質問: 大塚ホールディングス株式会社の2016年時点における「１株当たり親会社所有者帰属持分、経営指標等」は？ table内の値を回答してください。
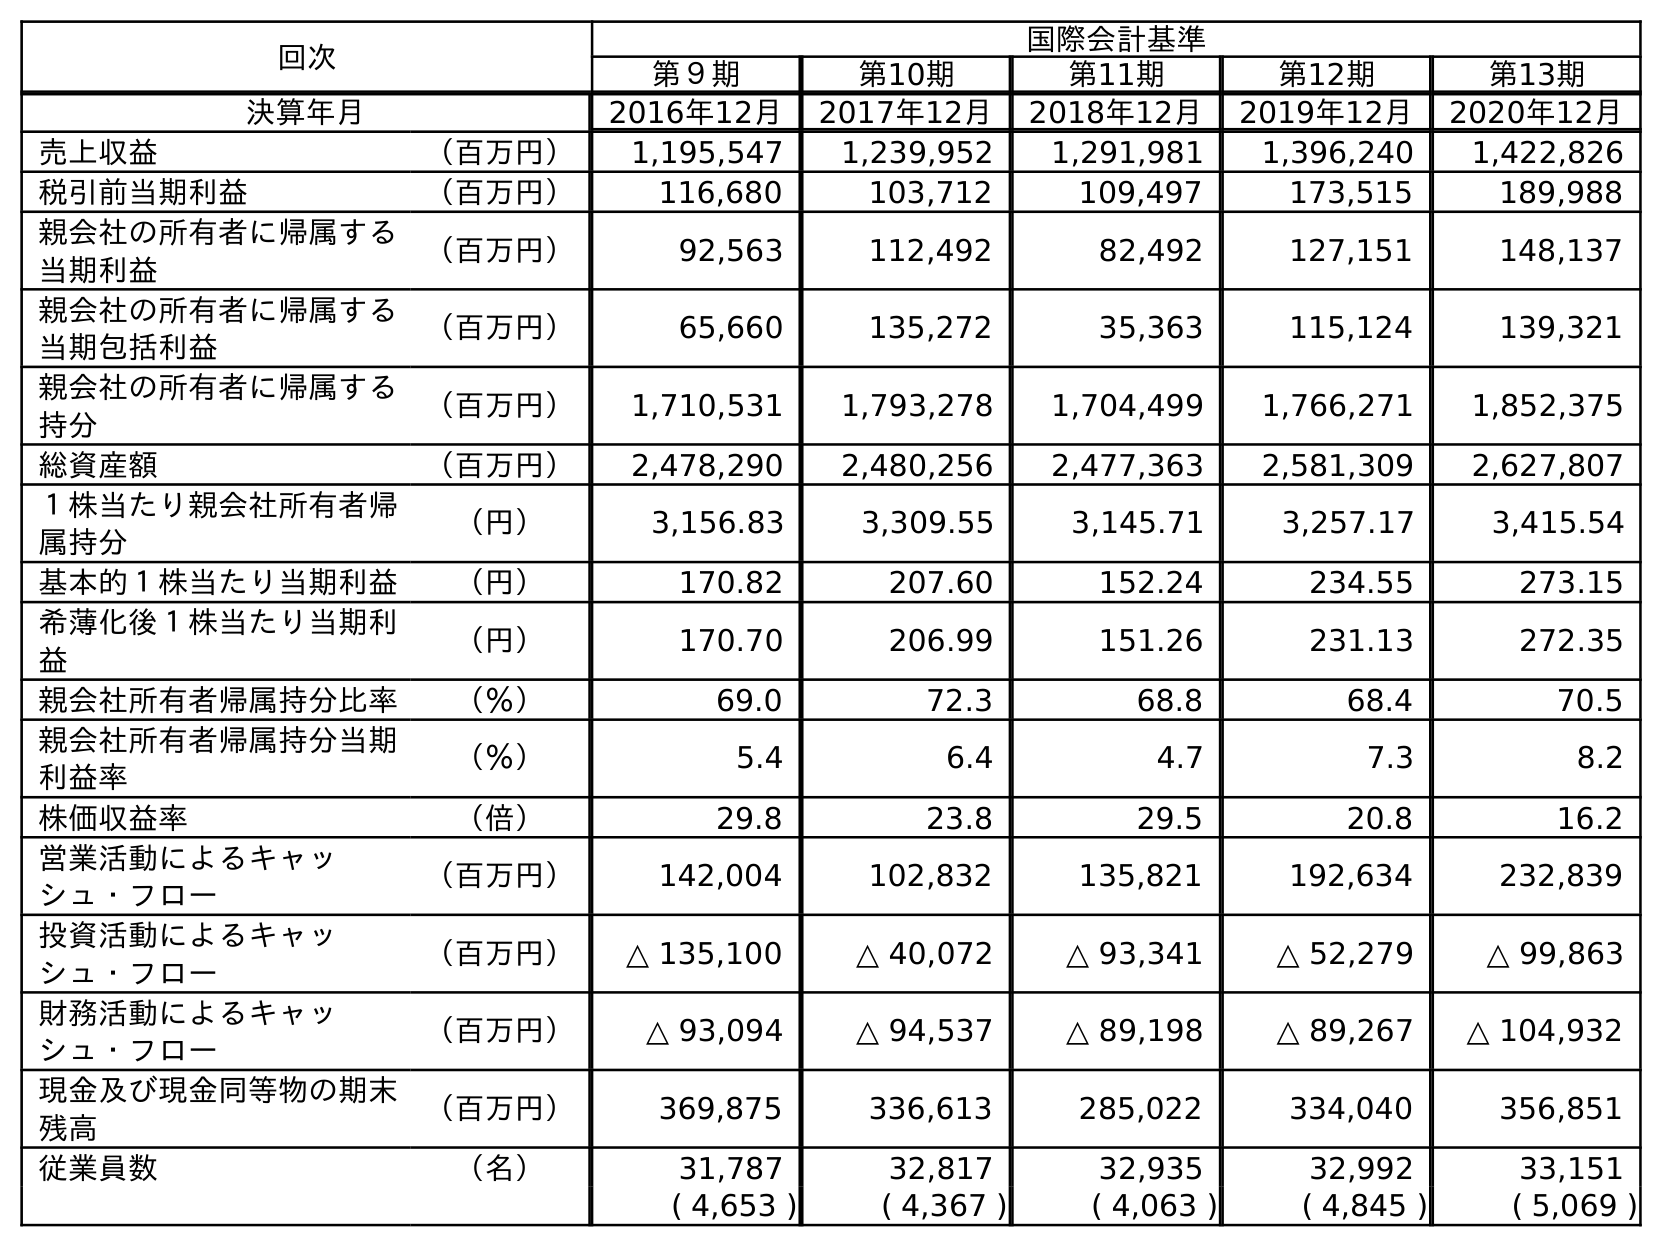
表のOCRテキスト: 回次 国際会計基準 第９期 第10期 第11期 第12期 第13期 決算年月 2016年12月 2017年12月 2018年12月 2019年12月 2020年12月 売上収益 （百万円） 1,195,547 1,239,952 1,291,981 1,396,240 1,422,826 税引前当期利益 （百万円） 116,680 103,712 109,497 173,515 189,988 親会社の所有者に帰属する 当期利益 （百万円） 92,563 112,492 82,492 127,151 148,137 親会社の所有者に帰属する 当期包括利益 （百万円） 65,660 135,272 35,363 115,124 139,321 親会社の所有者に帰属する 持分 （百万円） 1,710,531 1,793,278 1,704,499 1,766,271 1,852,375 総資産額 （百万円） 2,478,290 2,480,256 2,477,363 2,581,309 2,627,807 １株当たり親会社所有者帰 属持分 （円） 3,156.83 3,309.55 3,145.71 3,257.17 3,415.54 基本的１株当たり当期利益 （円） 170.82 207.60 152.24 234.55 273.15 希薄化後１株当たり当期利 益 （円） 170.70 206.99 151.26 231.13 272.35 親会社所有者帰属持分比率 （％） 69.0 72.3 68.8 68.4 70.5 親会社所有者帰属持分当期 利益率 （％） 5.4 6.4 4.7 7.3 8.2 株価収益率 （倍） 29.8 23.8 29.5 20.8 16.2 営業活動によるキャッ シュ・フロー （百万円） 142,004 102,832 135,821 192,634 232,839 投資活動によるキャッ シュ・フロー （百万円） △ 135,100 △ 40,072 △ 93,341 △ 52,279 △ 99,863 財務活動によるキャッ シュ・フロー （百万円） △ 93,094 △ 94,537 △ 89,198 △ 89,267 △ 104,932 現金及び現金同等物の期末 残高 （百万円） 369,875 336,613 285,022 334,040 356,851 従業員数 （名） 31,787 32,817 32,935 32,992 33,151 ( 4,653 ) ( 4,367 ) ( 4,063 ) ( 4,845 ) ( 5,069 )
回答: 3,156.83